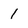
Character: 1